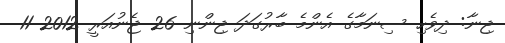
ޖިނާ: ދިވެހި ސިނަމާގެ އެންމެ ބާރުގަދަ ޖިންނި 26 ޖެނުއަރީ 2012 11